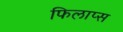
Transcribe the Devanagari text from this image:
फिलाप्स